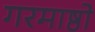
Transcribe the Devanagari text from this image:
गरमाष्ठो